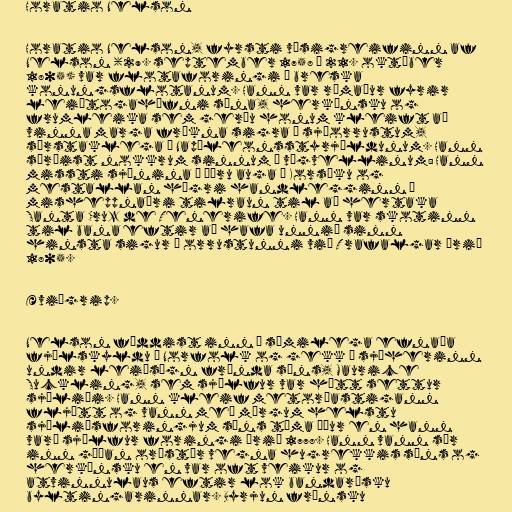
Horatio Nelson

Horatio Nelson, fyrsti vísigreifinn af
Nelson (29. september 1758 – 21. október
1805) var flotaforingi í breska
konungsflotanum. Hann var rómaður fyrir
leiðtogahæfni sína, herkænsku og
frumleika sem gerðu honum kleift að
vinna marga frækna sigra í sjóorrustum,
sérstaklega í Napóleonsstyrjöldunum. Hann
særðist nokkrum sinnum á vígvellinum: Hann
missti sjónina á öðru auga í Korsíku og
mestallan hægri handlegginn í
misheppnaðri tilraun til að hertaka
Santa Cruz de Tenerife. Hann var skotinn
til bana eftir að hafa unnið sinn
hinsta sigur í orrustunni við Trafalgar árið
1805.

Æviágrip.

Nelson fæddist inn í sæmilega efnaða
fjölskyldu í Norfolk og gekk í sjóherinn
undir leiðsögn frænda síns, Maurice
Suckling, sem sjálfur var hátt settur
sjóliði. Hann kleif metorðastigann
fljótt og vann með mörgum helstu
sjóliðsforingjum síns tíma áður en hann
varð sjálfur foringi árið 1778. Hann vann sér
inn góðan orðstír vegna hugrekkis síns og
herkænsku en var oft veikur og
atvinnulaus eftir lok bandarísku
byltingarinnar. Byrjun frönsku